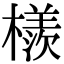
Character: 檨